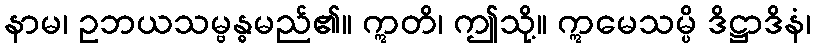
နာမ၊ ဥဘယသမ္ဗန္ဓမည်၏။ ဣတိ၊ ဤသို့။ ဣမေသမ္ပိ ဒိဋ္ဌာဒိနံ၊